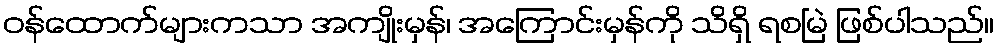
ဝန်ထောက်များကသာ အကျိုးမှန်၊ အကြောင်းမှန်ကို သိရှိ ရစမြဲ ဖြစ်ပါသည်။